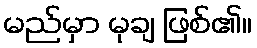
မည်မှာ မုချ ဖြစ်၏။